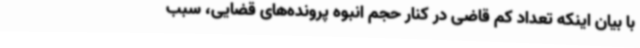
با بیان اینکه تعداد کم قاضی در کنار حجم انبوه پرونده‌های قضایی، سبب